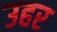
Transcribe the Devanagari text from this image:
उहर